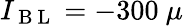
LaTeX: I_{\mathrm{~B~L~}}=-300~\mu